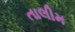
તાલીમ